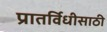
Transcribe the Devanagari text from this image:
प्रातर्विधीसाठी